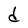
Character: d